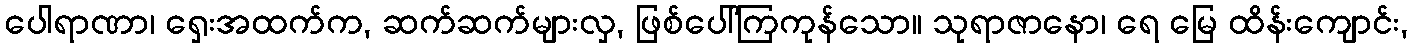
ပေါရာဏာ၊ ရှေးအထက်က, ဆက်ဆက်များလှ, ဖြစ်ပေါ်ကြကုန်သော။ သုရာဇာနော၊ ရေ မြေ ထိန်းကျောင်း,